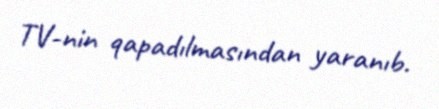
TV-nin qapadılmasından yaranıb.